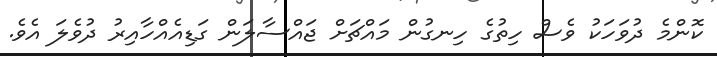
ކޮންމެ ދުވަހަކު ވެސް ހިތުގެ ހިނގުން މައްޗަށް ޖައްސާލަން ގަޑިއެއްހާއިރު ދުވެލަ އެވެ.